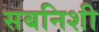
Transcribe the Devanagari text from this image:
सबनिशी